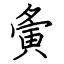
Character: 夤